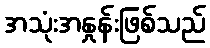
အသုံးအနှုန်းဖြစ်သည်